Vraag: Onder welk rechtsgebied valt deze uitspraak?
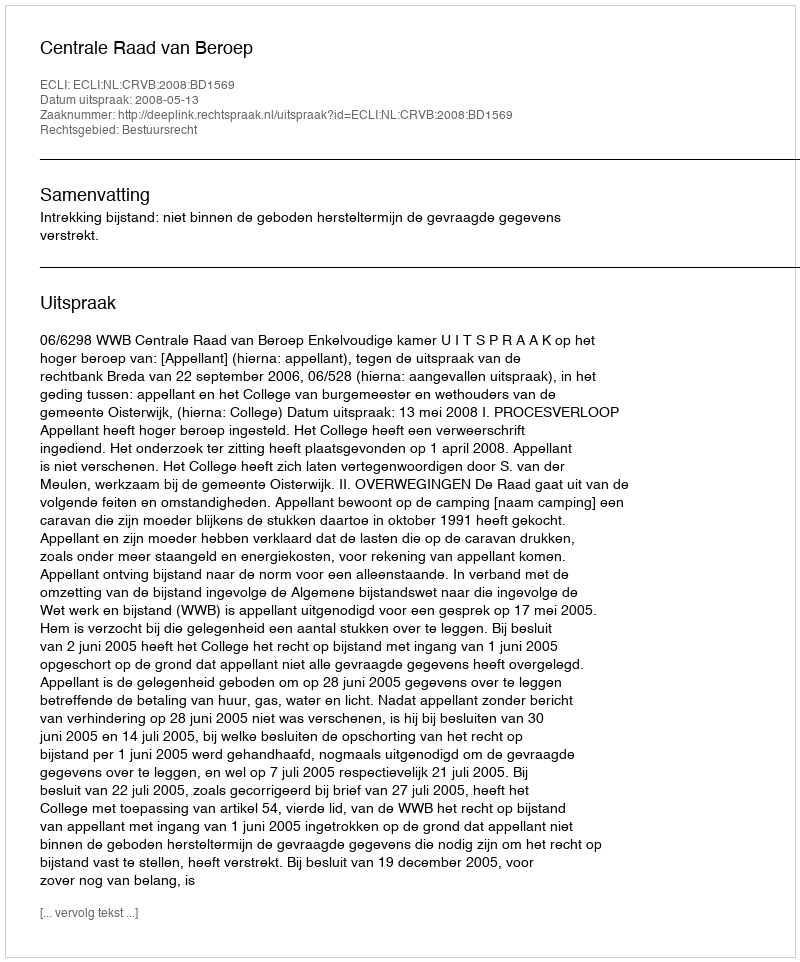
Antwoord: Bestuursrecht